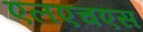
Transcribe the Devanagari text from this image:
एलएचएस